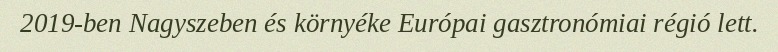
2019-ben Nagyszeben és környéke Európai gasztronómiai régió lett.